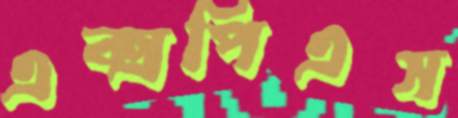
এক্সপিএস